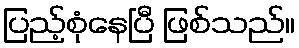
ပြည့်စုံနေပြီ ဖြစ်သည်။